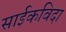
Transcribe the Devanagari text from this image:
साईकविदा